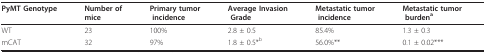
| PyMT Genotype | Number of mice | Primary tumor incidence | Average Invasion Grade | Metastatic tumor incidence | Metastatic tumor burdena |
 | --- | --- | --- | --- | --- | --- |
 | WT | 23 | 100% | 2.8 ± 0.5 | 85.4% | 1.3 ± 0.3 |
 | mCAT | 32 | 97% | 1.8 ± 0.5*b | 56.0%** | 0.1 ± 0.02*** |